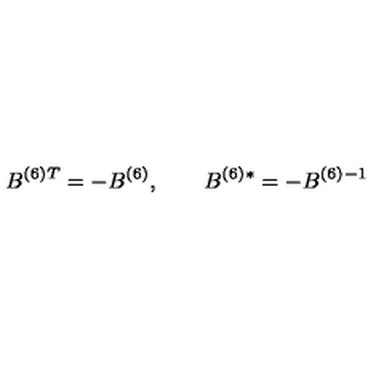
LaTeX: B ^ { ( 6 ) } { } ^ { T } = - B ^ { ( 6 ) } , \qquad B ^ { ( 6 ) } { } ^ { * } = - B ^ { ( 6 ) } { } ^ { - 1 }